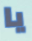
يا